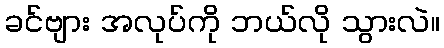
ခင်ဗျား အလုပ်ကို ဘယ်လို သွားလဲ။